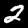
Digit: 2